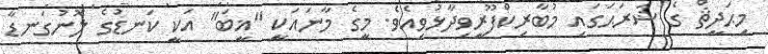
މިޙަދީޘް ގެ ޝަރަޙަގައި މުބާރިކްފޫރީވިދާޅުވިއެވެ. މީގެ މާނައަކީ "ޣީބަ" އަކީ ކަނޑުގެ ލޮނުގަނޑާ